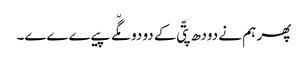
پھر ہم نے دودھ پتّی کے دو دو مگّے پیےےےے۔